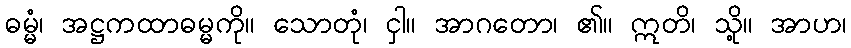
ဓမ္မံ၊ အဋ္ဌကထာဓမ္မကို။ သောတုံ၊ ငှါ။ အာဂတော၊ ၏။ ဣတိ၊ သို့။ အာဟ၊